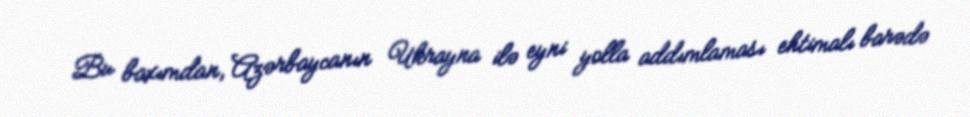
Bu baxımdan, Azərbaycanın Ukrayna ilə eyni yolla addımlaması ehtimalı barədə